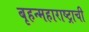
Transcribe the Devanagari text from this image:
बृहन्महाराष्ट्राची